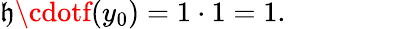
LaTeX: \mathfrak{h}\cdotf(y_{0})=1\cdot1=1.\qquad\qquad